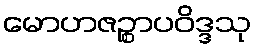
မောဟဇဉ္စာပဝိဒ္ဒသု